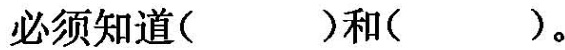
必须知道（ ）和（ ）。